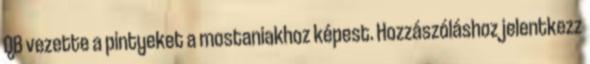
QB vezette a pintyeket a mostaniakhoz képest. Hozzászóláshoz jelentkezz